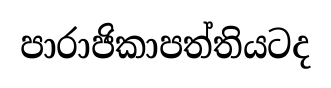
පාරාජිකාපත්තියටද